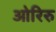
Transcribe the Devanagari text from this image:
ओरिरु